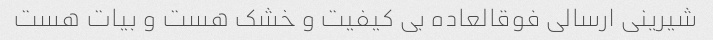
شیرینی ارسالی فوقالعاده بی کیفیت و خشک هست و بیات هست